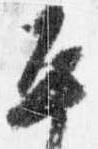
平